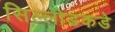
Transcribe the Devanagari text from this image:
सिल्लोडकडे